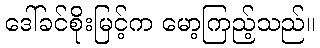
ဒေါ်ခင်စိုးမြင့်က မော့ကြည့်သည်။